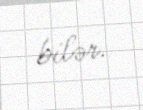
bilər.